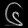
Digit: ၆